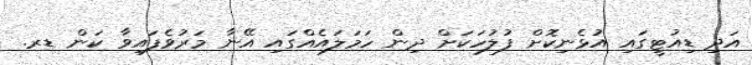
އަދި ޑިއުޓީގައި އުޅެނިކޮށް ފުލުހަކަށް ދިން ހަމަލައެއްގައި އޭނާ މަރުވެފައިވާ ކަން ޑރ.